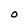
Character: O